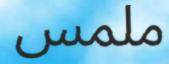
ملمس